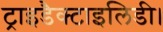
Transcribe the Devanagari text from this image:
ट्राइडैक्टाइलिडी।